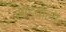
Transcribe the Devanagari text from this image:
सोड्याला